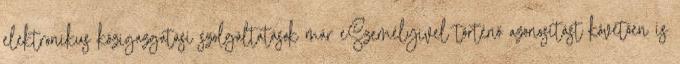
elektronikus közigazgatási szolgáltatások már eSzemélyivel történő azonosítást követően is